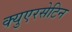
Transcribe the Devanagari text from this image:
क्युएरसेटिन